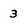
Character: 3